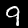
Digit: 9